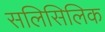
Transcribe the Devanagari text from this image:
सलिसिलिक